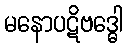
မနောပဋိဗဒ္ဓေါ